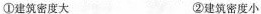
①建筑密度大 ②建筑密度小